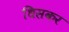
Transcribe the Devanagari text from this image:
धिसकर